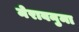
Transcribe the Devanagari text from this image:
मेराबनुमा